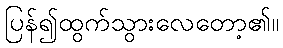
ပြန်၍ထွက်သွားလေတော့၏။